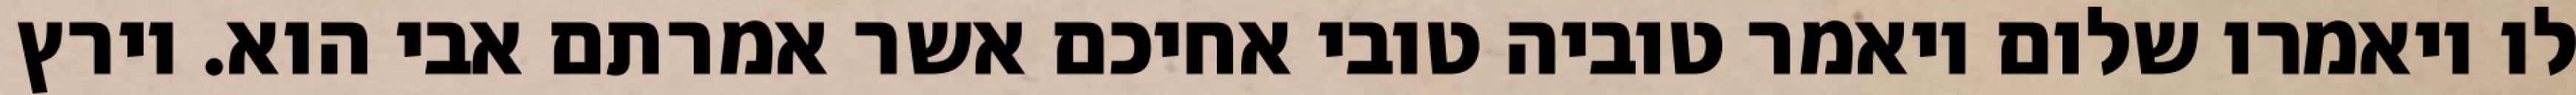
לו ויאמרו שלום ויאמר טוביה טובי אחיכם אשר אמרתם אבי הוא. וירץ